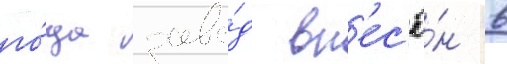
го́да заво́д вн'ес'ё́н в